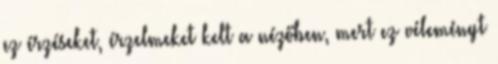
ez érzéseket, érzelmeket kelt a nézőben, mert ez véleményt